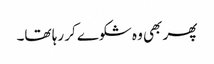
پھر بھی وہ شکوے کر رہا تھا۔